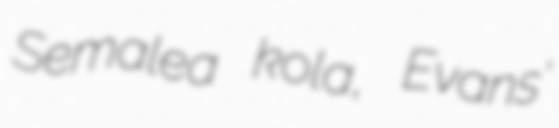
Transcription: Semalea kola, Evans'